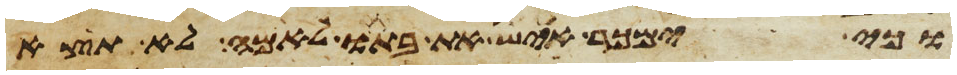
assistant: וכי ימכר איש את בתו לאמה לא תצא